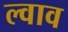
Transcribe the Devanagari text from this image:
ल्वाव